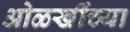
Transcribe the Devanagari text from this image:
ओळखींच्या